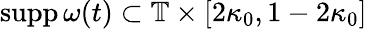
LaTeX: \mathrm{supp}\, \omega(t)\subset\mathbb{T}\times[2\kappa_{0},1-2\kappa_{0}]